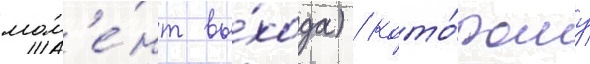
мом'е́нт вы́хода) / кото́рому